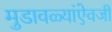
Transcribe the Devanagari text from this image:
मुडावळ्यांऐवजी